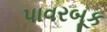
પાવરબૂક